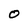
Character: O